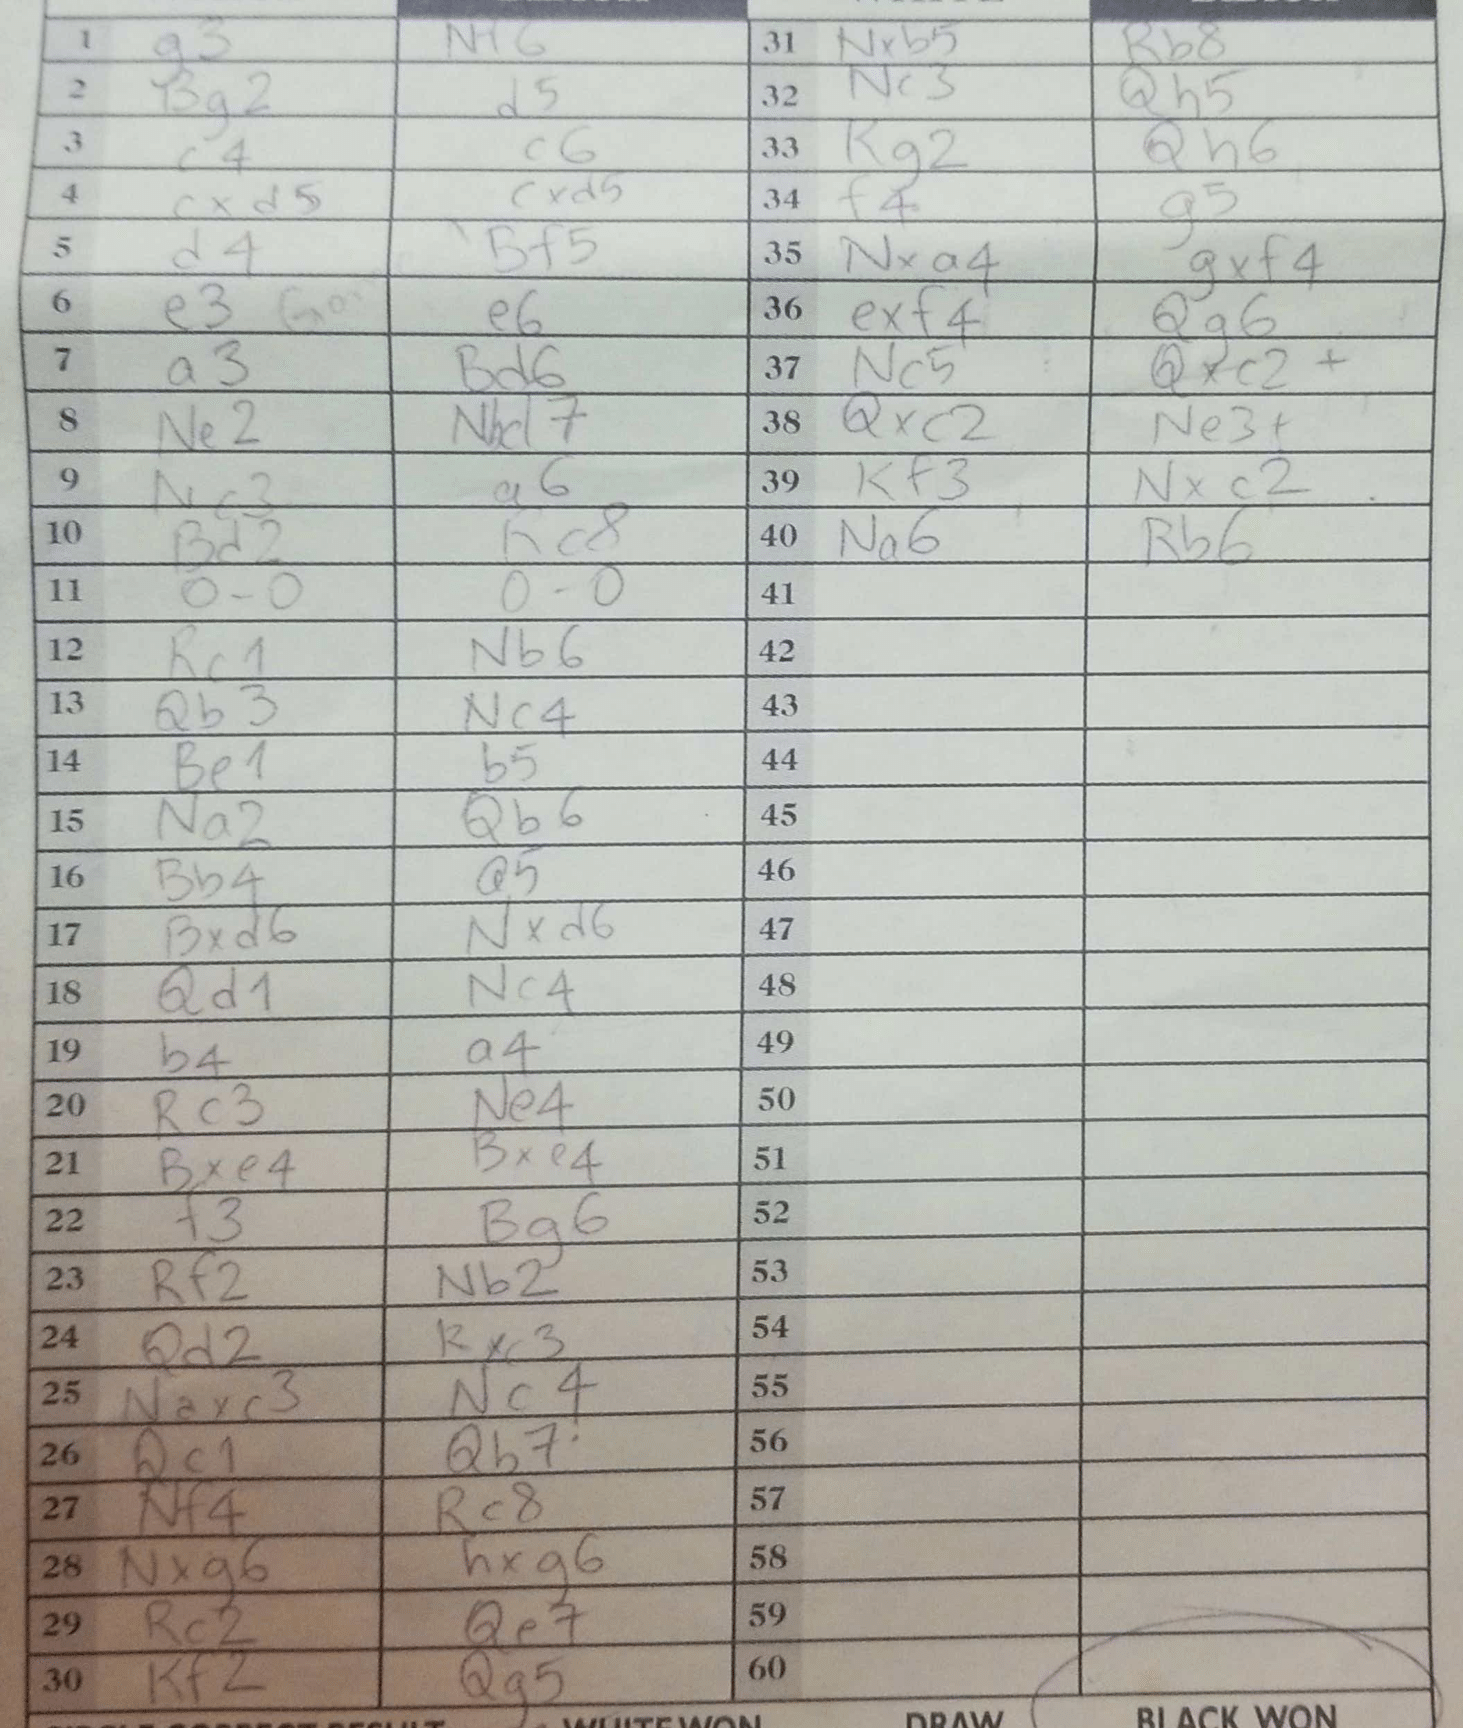
Moves: g3 Nf6 Bg2 d5 c4 c6 cxd5 cxd5 d4 Bf5 e3 e6 a3 Bd6 Ne2 Nbd7 Nc3 a6 Bd2 Rc8 O-O O-O Rc1 Nb6 Qb3 Nc4 Be1 b5 Na2 Qb6 Bb4 Q5 Bxd6 Nxd7 Qd1 Nc4 b4 a4 Rc3 Ne4 Bxe4 Bxe4 f3 Bg6 Rf2 Nb2 Qd2 Rxc3 Naxc3 Nc4 Qc1 Qb7 Nf4 Rc8 Nxg6 hxg6 Rc2 Qe7 Kf2 Qg5 Nxb5 Rb8 Nc3 Qh5 Kg2 Qh6 f4 g5 Nxa4 gxf4 exf4 Qg6 Nc5 Qxc2+ Qxc2 Ne3+ Kf3 Nxc2 Na6 Rb6